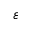
\varepsilon